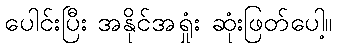
ပေါင်းပြီး အနိုင်အရှုံး ဆုံးဖြတ်ပေါ့။